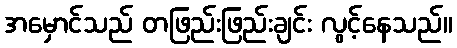
အမှောင်သည် တဖြည်းဖြည်းချင်း လွင့်နေသည်။